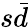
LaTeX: s\bar{d}